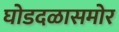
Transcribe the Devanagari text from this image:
घोडदळासमोर